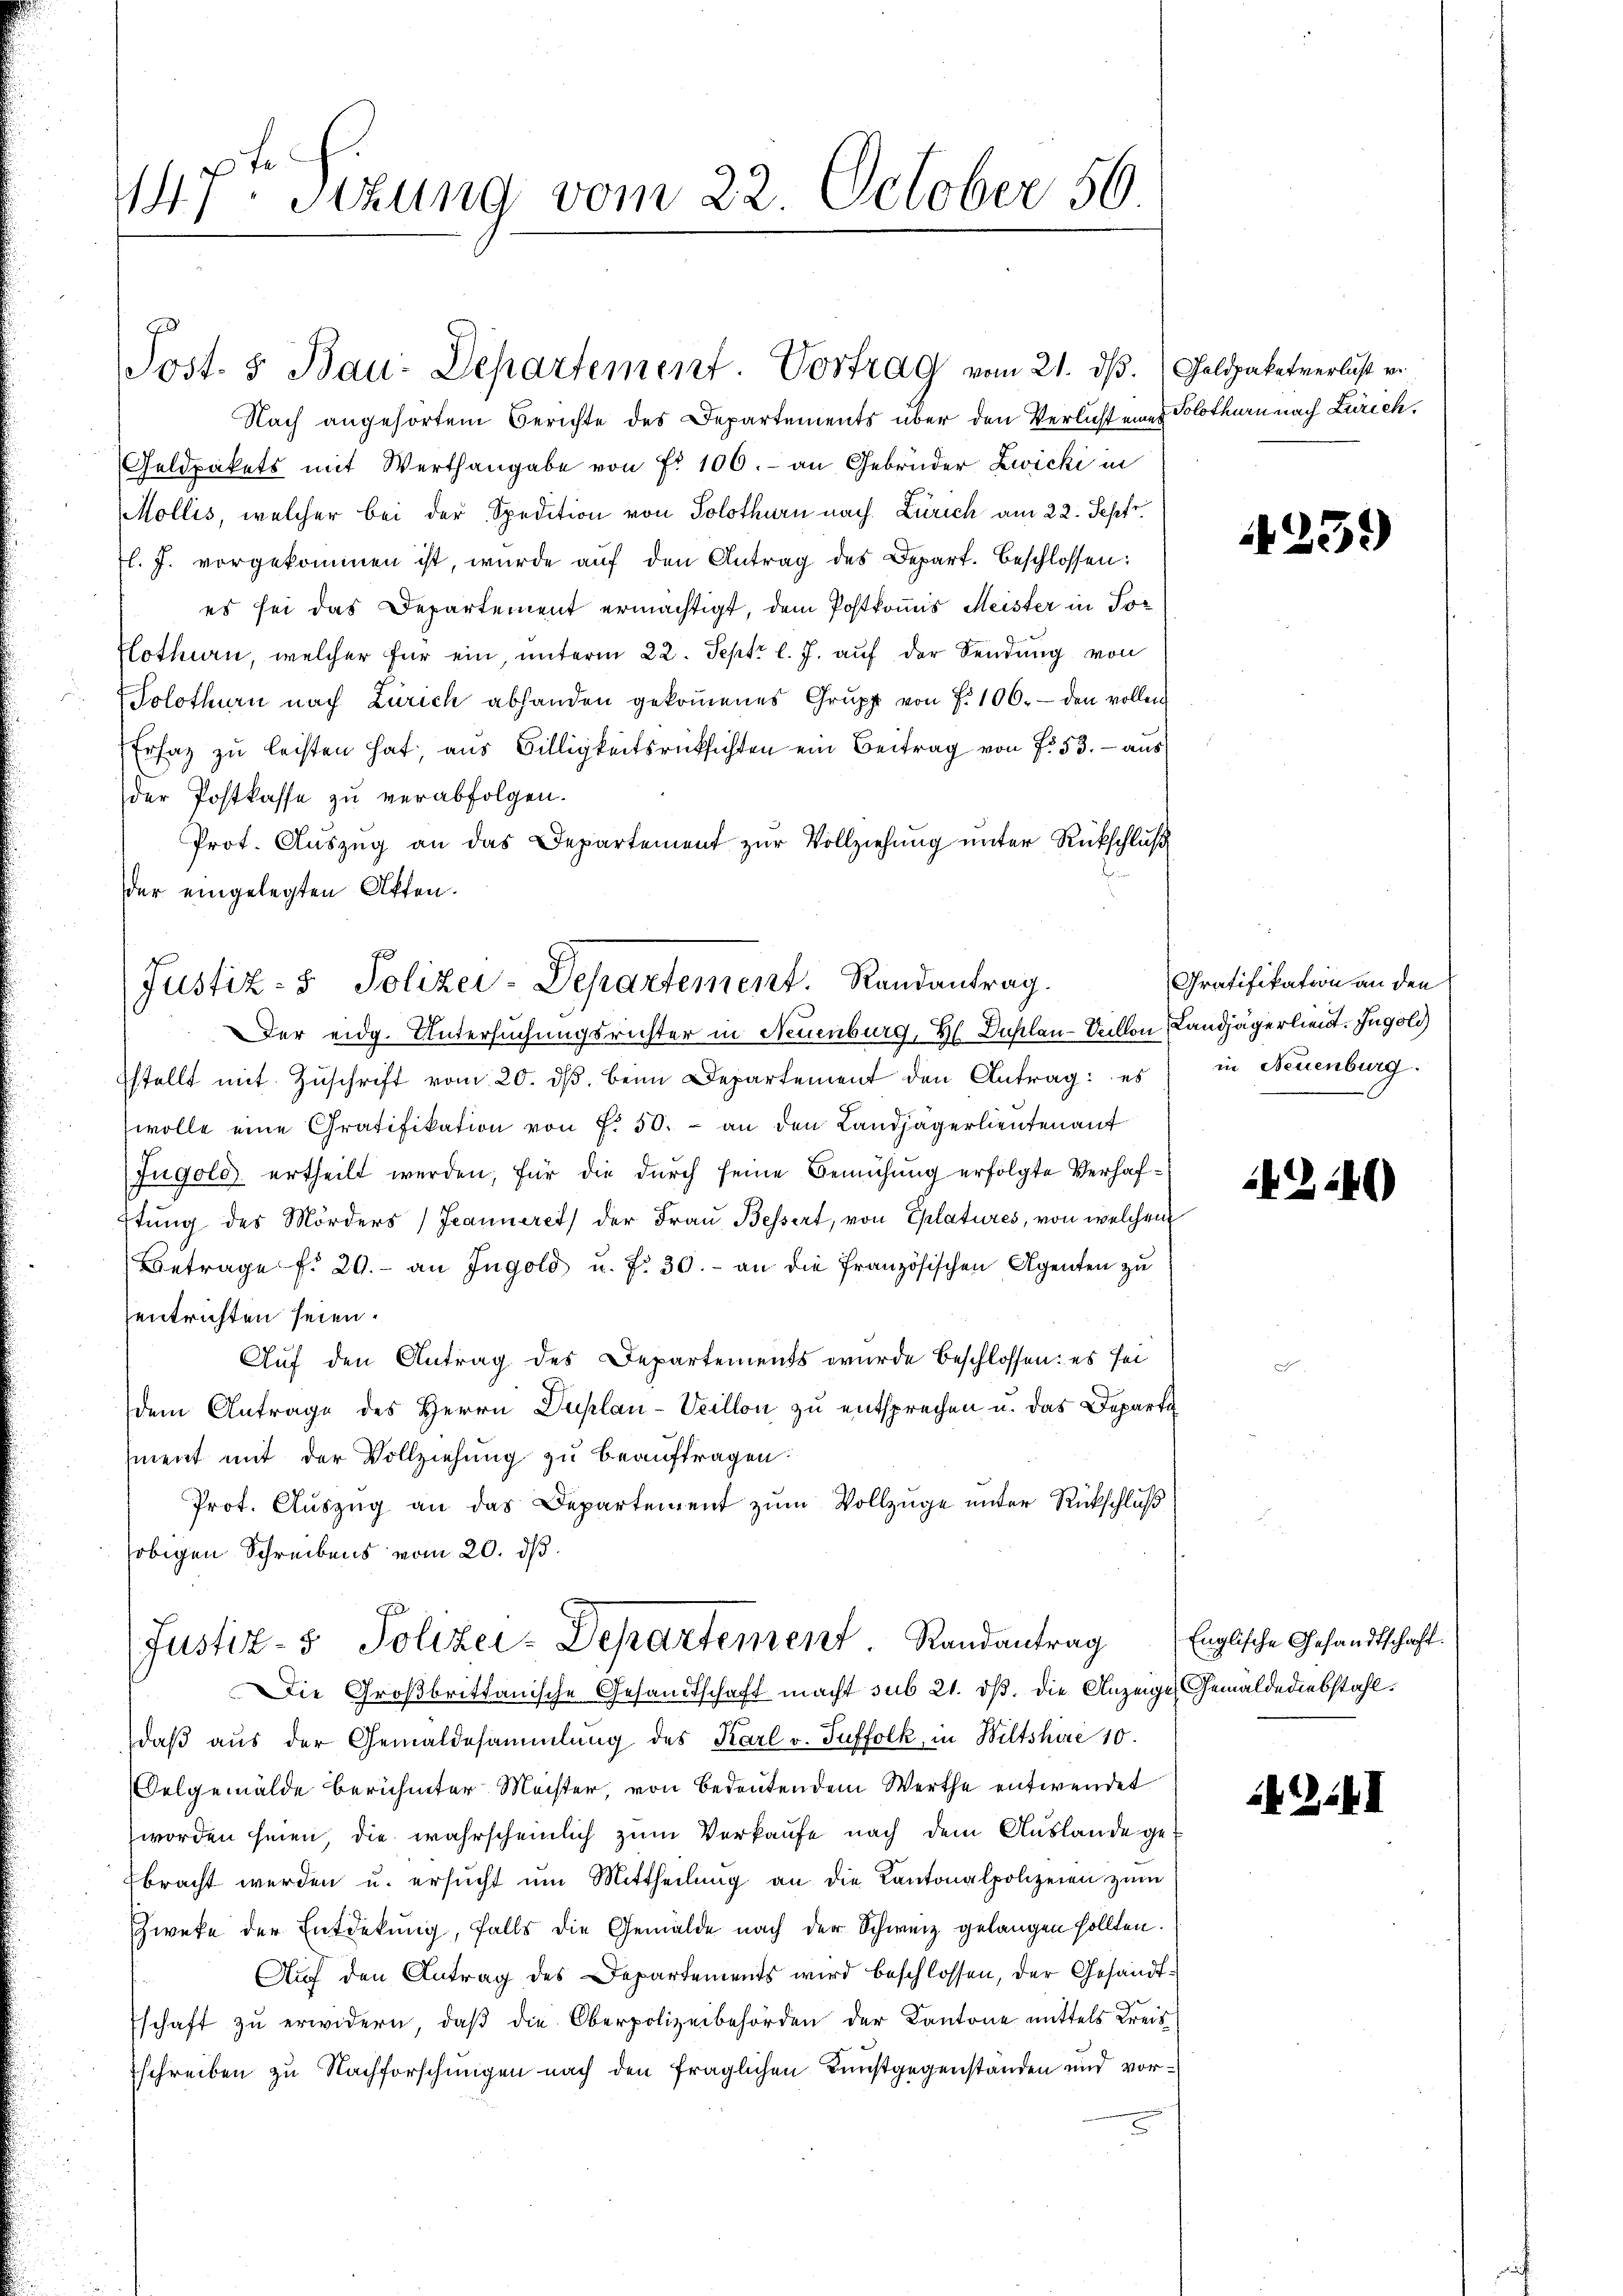
147ten Sizung vom 22. October 50

Nach angehörtem Berichte des Departements über den Verlicht eines Solothurn nach Zürich.
Geldpakets mit Werthangabe von Fr. 100.- an Gebrüder Zwicki in
Mollis, welcher bei der Spedition von Solothurn nach Zürich am 22. Sept.
tl. J. vorgekommen ist, wurde aŭf den Antrag des Depart. beschlossen:
es sei das Departement ermächtigt, dem Postkomis Meister in Sor
lothurn, welcher für ein, unterm 22. Sept. l. J. auf der Sendung von
Solothurn nach Zürich abhanden gekoṁenes Grupp von f. 106. den vollen
Erfaz zu leisten hat, aus Billigkeitsrücksichten ein Beitrag von f. 53. - aus
der Postkasse zu verabfolgen.
Prot. Auszug an das Departement zur Vollziehung unter Rückschluß
18
der eingelegten Akten.
Der eidg. Untersuchungsrichter in Neuenburg, H. Bühlen-Schon Landjägerlieut. Ingoli
stellt mit Zŭschrift vom 20. dβ beim Departement den Antrag: es
wolle eine Gratifikation von f. 50. - an den Landjägerlieuten auf
Jugold ertheilt werden, für die durch seine Bemühung erfolgte Verhafftung des Mörders Jeanneret der Frau Bessert, von Eplatures, von welchem
Betrage f. 20.- an Ingold u. f. 30. - an die französischen Agenten zu
entrichten seien.
Auf den Antrag des Departements wurde beschlossen: es sei
dem Antrage des Herrn Duplau-Veillon zu entsprechen u. das Departi
ment mit der Vollziehung zu beauftragen.
Prot. Auszug an das Departement zum Vollzüge unter Rückschluß
obigen Schreibens vom 20. ds.
(Justiz- & Polizei-Departement. Randantrag
Die Großbrittanische Gesandtschaft macht sub 21. dß. die Anzeige Gemäldediebstahl.
daß aus der Gemäldesammlung des Karl v. Suffolk in Wiltshire 10.
Selgemälde berühmter Meister, von Bedeutendem Werthe entwendet
worden seien, die wahrscheinlich zum Verkaufe nach dem Auslande gebracht werden u. ersucht um Mittheilung an die Kantonalpolizeien zum
Zweke der Entdekung, falls die Gemälde nach der Schweiz gelangen sollten.
Auf den Antrag des Departements wird beschlossen, der Gesandtschaft zu erwidern, daß die Oberpolizeibehörden der Kantone mittels Kreis
schreiben zu Nachforschungen nach den fraglichen Kunstgegenständen und vor¬

Post. 3 Bau-Departement. Vortrag vom 21. ds. Goldpaketverlicht er

f
Justiz- & Polizei-Departement. Randantrag.

4239)

Gratifikation an den
in Neuenburg.

142146)

Englische Gesandtschaft.

1254)